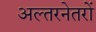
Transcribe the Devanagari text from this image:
अल्तरनेतरों